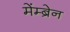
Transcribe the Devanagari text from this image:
मेंम्ब्रेन